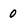
Character: 0